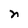
Character: n